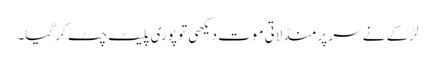
لڑکے نے سر پر منڈلاتی موت دیکھی تو پوری پلیٹ چٹ کر گیا۔